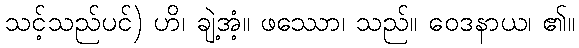
သင့်သည်ပင်) ဟိ၊ ချဲ့အံ့။ ဖဿော၊ သည်။ ဝေဒနာယ၊ ၏။